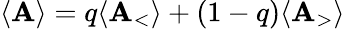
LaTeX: \langle{\mathbf{A}}\rangle=q\langle{\mathbf{A}_{\mathrm{{<}}}}\rangle+(1-q)\langle{\mathbf{A}_{\mathrm{{>}}}}\rangle